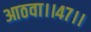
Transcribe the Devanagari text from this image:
आठवा।।४७।।